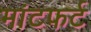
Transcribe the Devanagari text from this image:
मांटफर्ट